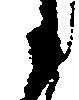
々